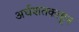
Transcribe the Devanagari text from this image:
अर्धशतकाहून